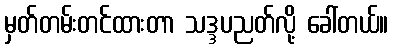
မှတ်တမ်းတင်ထားတာ သဒ္ဒပညတ်လို့ ခေါ်တယ်။